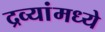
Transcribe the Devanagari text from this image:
द्रव्यांमध्ये